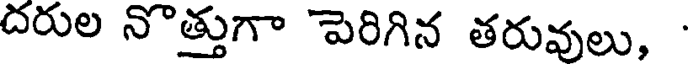
దరుల నొత్తుగా పెరిగిన తరువులు,